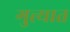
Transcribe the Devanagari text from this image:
गुत्त्यात